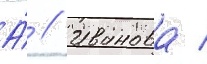
А́ // Иванова /